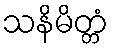
သနိမိတ္တံ